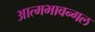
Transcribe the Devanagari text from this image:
आत्मभावन्गल